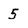
Character: 5